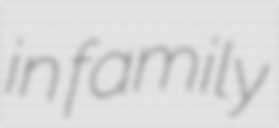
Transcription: in family